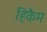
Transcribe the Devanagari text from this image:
हिकैम